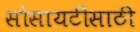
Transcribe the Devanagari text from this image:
सोसायटीसाठी